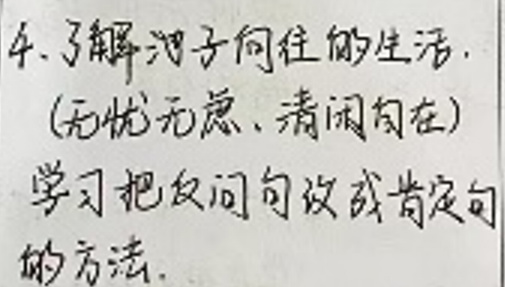
4. 了解海子向往的生活.

(无忧无虑、清闲自在)

学习把反问句改成陈述句的方法.